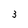
Character: 3